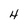
Character: 4